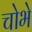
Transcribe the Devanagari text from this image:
चोभे